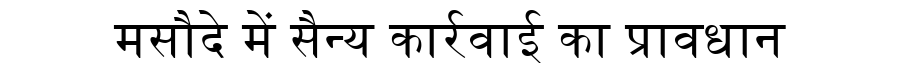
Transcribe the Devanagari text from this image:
मसौदे में सैन्य कार्रवाई का प्रावधान